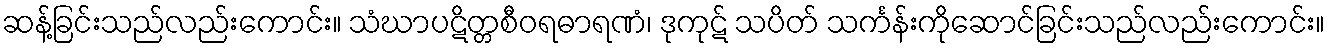
ဆန့်ခြင်းသည်လည်းကောင်း။ သံဃာပဋိတ္တစီဝရဓာရဏံ၊ ဒုကုဋ် သပိတ် သင်္ကန်းကိုဆောင်ခြင်းသည်လည်းကောင်း။